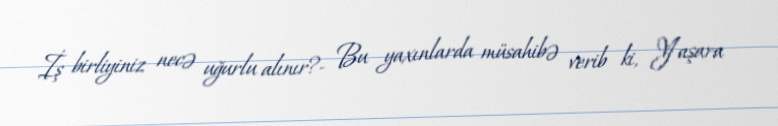
İş birliyiniz necə uğurlu alınır?- Bu yaxınlarda müsahibə verib ki, Yaşara